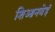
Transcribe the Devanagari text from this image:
शिआनबेई